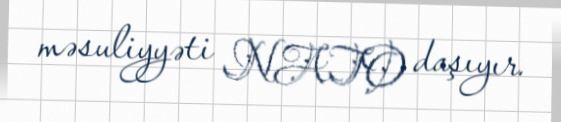
məsuliyyəti NATO daşıyır.